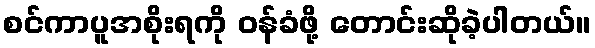
စင်ကာပူအစိုးရကို ဝန်ခံဖို့ တောင်းဆိုခဲ့ပါတယ်။